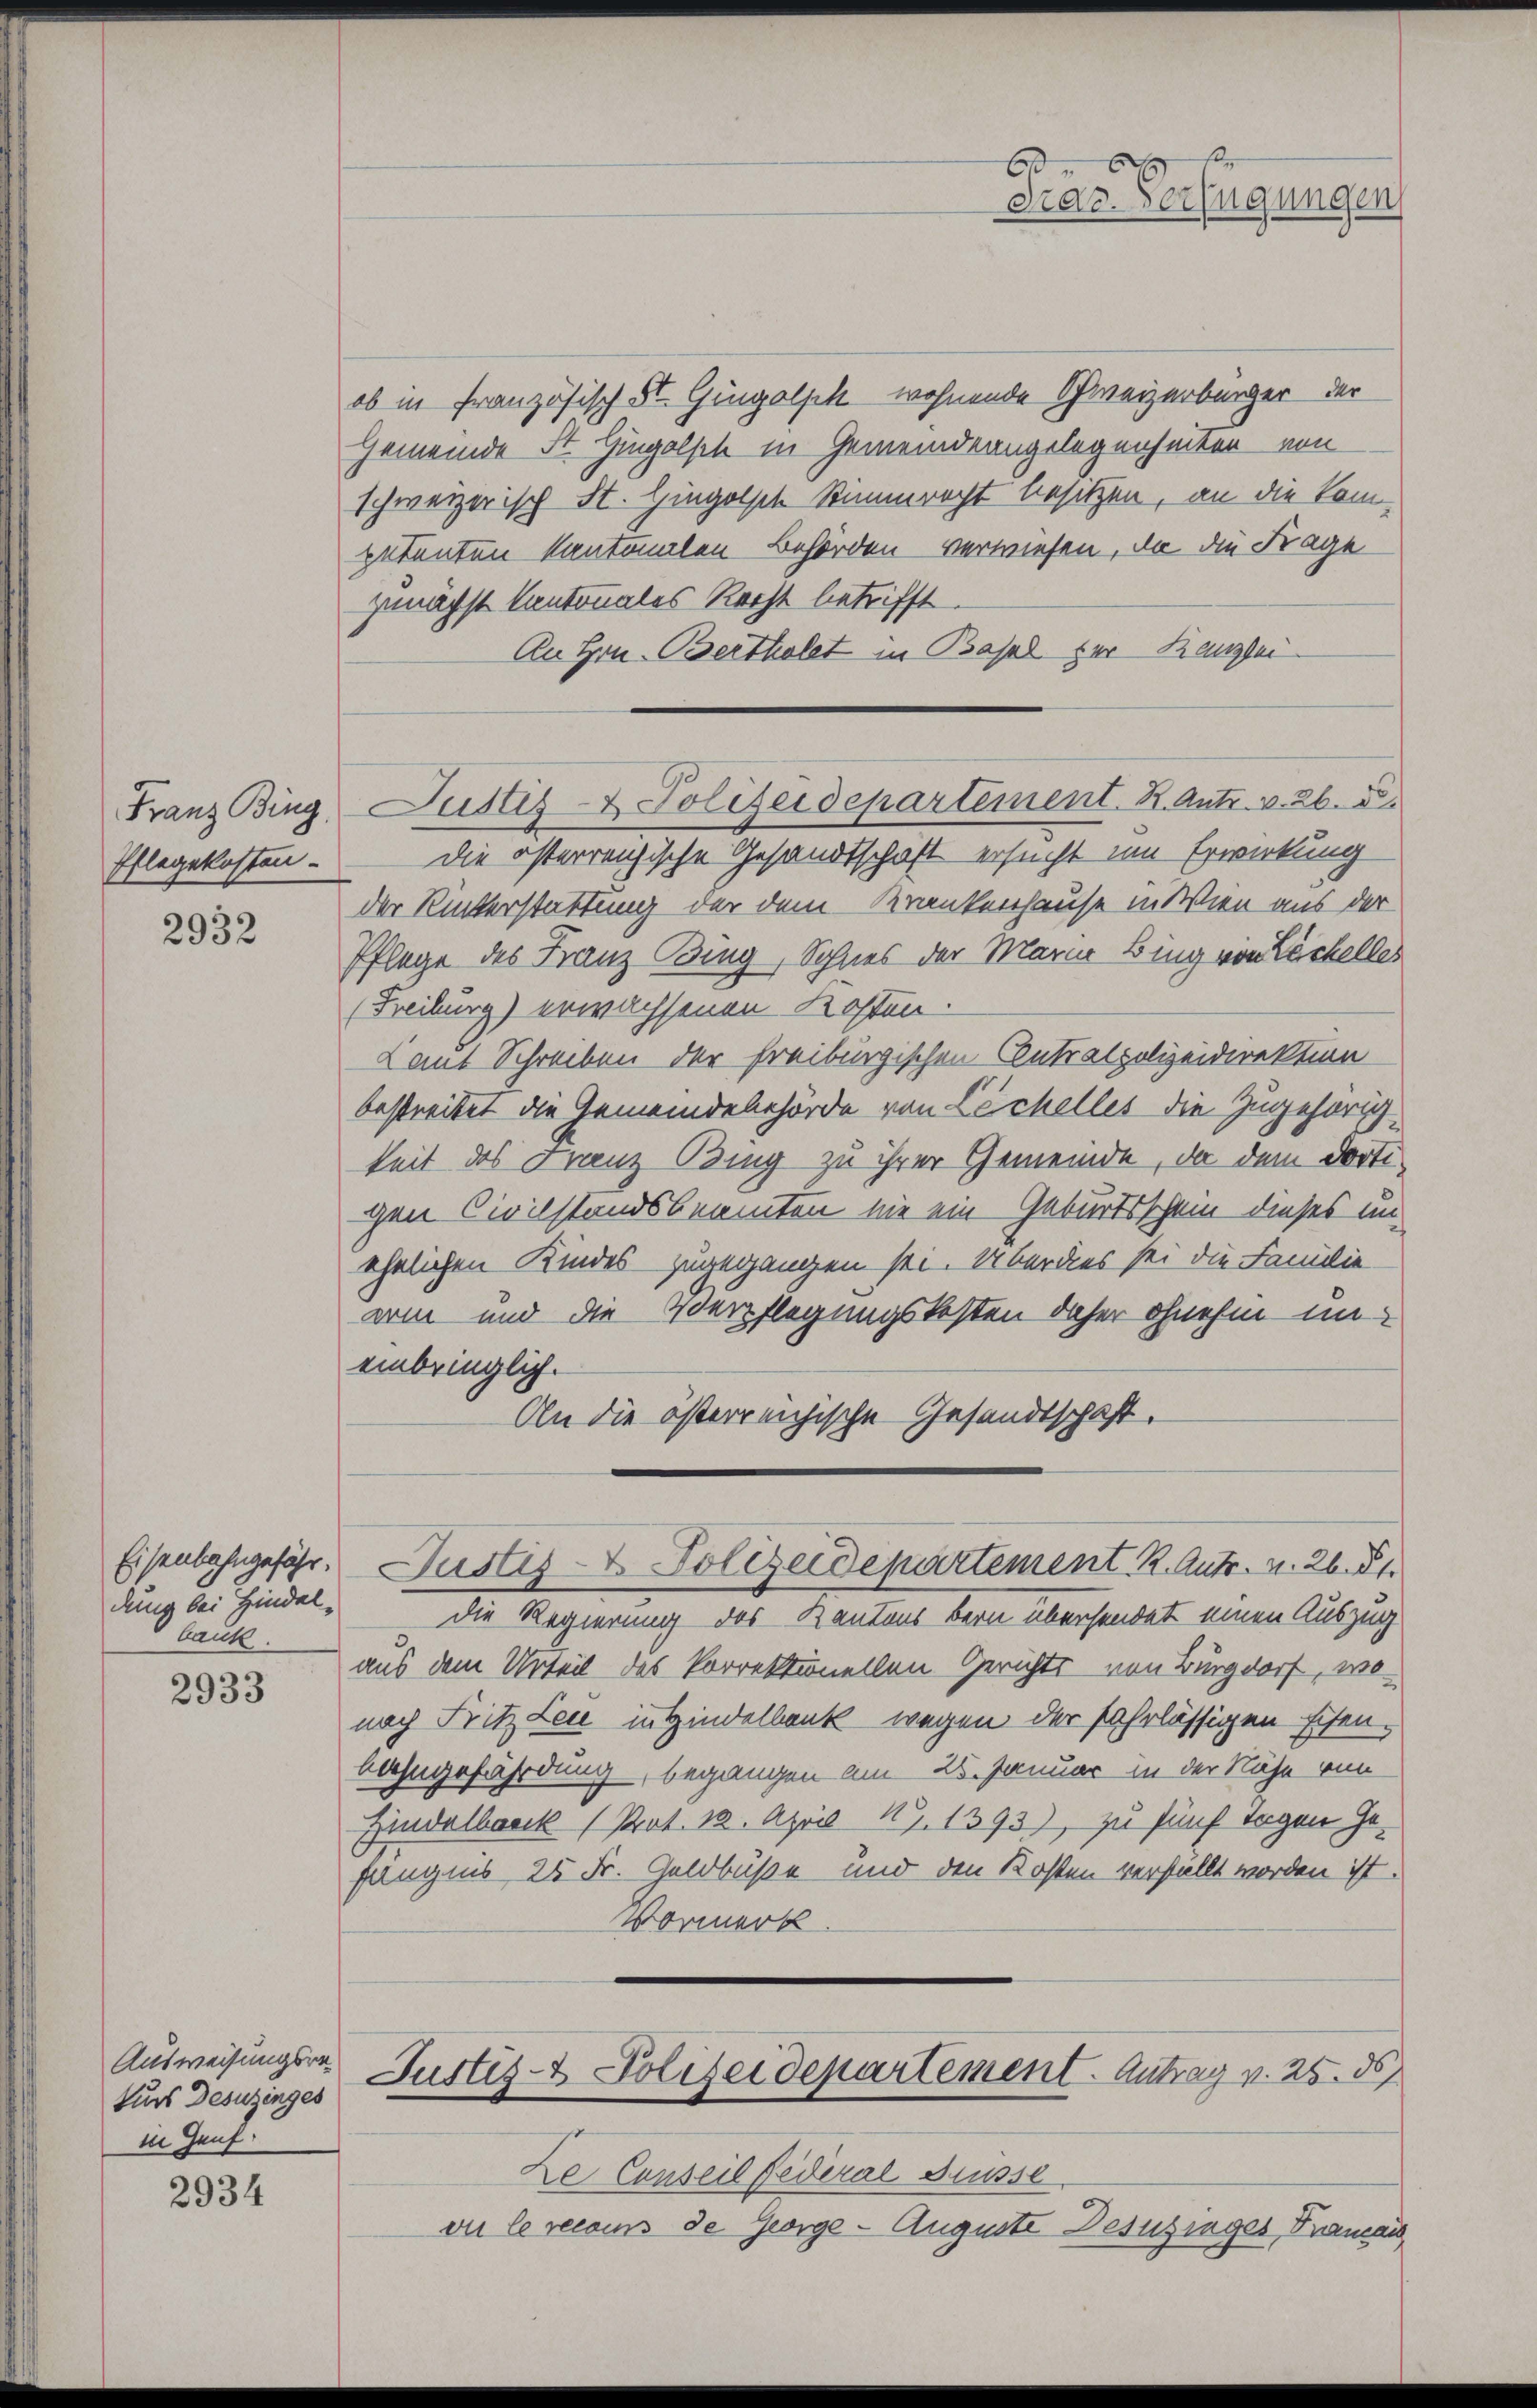
Franz Bing
Pflegekosten-

2932

Eisenbahngefähr.
dung bei Hindelbank.

2933

Ausweisungsraturs Desuzinges
in Genf.

2934

Justiz- & Polizeidepartement. K. Antr. v. 26. d.

Prag. Verfügungen

ob in französisch St. Gingolsch wohnende Schweizerbürger der
Gemeinde Sr. Hingelsch in Gemeindeangelegenheiten von
schweizerisch St. Hingelst Simmrecht besitzen, an die Kompetenten kantonalen Behörden verwiesen, da die Frage
zunächst kantonales Recht betrifft.
An Hrn. Berthalet in Basel der Kanzlei
die österreichische Gesandtschaft ersucht um Erwirkung
der Rükerstattung der dem Krankenhause in Wien aus der
Pflege des Franz Bing, Sohnes der Maria Bing von Löchelles
Freiburg) erwachsenen Kosten.
Lant Schreiben der Freiburgischen Contralpolizeidirektion
bestreitet die Gemeindebehörde von Löchelles die Zugehörig-
keit des Franz Bing zu ihrer Gemeinde, da dem dortigen Civilstandsbeamten nie ein Geburtsschein dieses im
ehelichen Kindes zugegangen sei. Überdies sei die Familie
am und die Verpflegungskosten daher ohnehin uneinbringlich.
An die österreichische Gesandtschaft.
Justiz- & Polizeidepartement K. Antr. v. 26. d.
die Regierung des Kantons bern übersendet einen Auszug
aus dem Urteil des Vorrektionellen Gerichts von Burgdorf, wonach Fritz Leu in Hindelbank wegen der fahrlässigen Eisen.
bahngefährdung begangen am 25. Januar in der Nähe von
Hindelbrock (Prat. 12. April 187. 1393), zu fünf Tagen Gefängens 25 Fr. Geldbuße und den Kosten verstellt worden ist.
Vormerk.
Justiz- & Polizeidepartement. Antrag v. 25. ds
Le Conseil Federal Grüsse.
vu le recoins de George - Auguste Desuzinges Traman